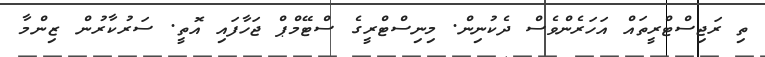
ތި ރަޖިސްޓްރީތައް އަހަރެންވެސް ދެކުނިން. މިނިސްޓްރީގެ ސްޓޭމްޕް ޖަހާފައި އޮތީ. ސަރުކާރުން ޒިންމާ